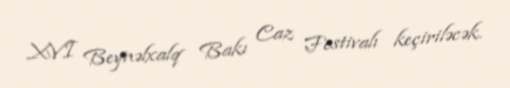
XVI Beynəlxalq Bakı Caz Festivalı keçiriləcək.